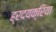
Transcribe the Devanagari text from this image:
ह्रदयक्रिया